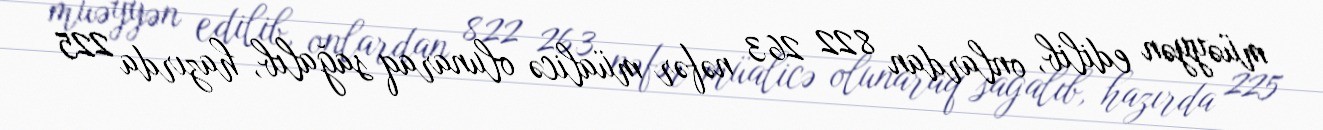
müəyyən edilib, onlardan 822 263 nəfər müalicə olunaraq sağalıb, hazırda 225